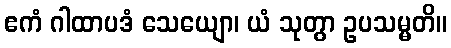
ဧကံ ဂါထာပဒံ သေယျော၊ ယံ သုတွာ ဥပသမ္မတိ။